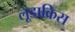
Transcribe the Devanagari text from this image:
लूडाक्रिस